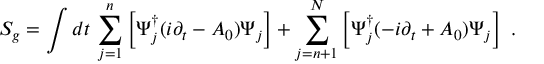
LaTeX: { \cal S } _ { g } = \int d t \, \sum _ { j = 1 } ^ { n } \left[ \Psi _ { j } ^ { \dagger } ( i \partial _ { t } - A _ { 0 } ) \Psi _ { j } \right] + \sum _ { j = n + 1 } ^ { N } \left[ \Psi _ { j } ^ { \dagger } ( - i \partial _ { t } + A _ { 0 } ) \Psi _ { j } \right] ~ .